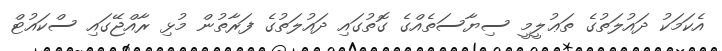
އެކަމަކު ދައުލަތުގެ ތަޢުލީމީ ސިޔާސަތެއްގެ ގޮތުގައި ދައުލަތުގެ ފަރާތުން މުޅި ރާއްޖޭގައި ސްކައުޓް